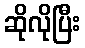
ဆိုလိုပြီး